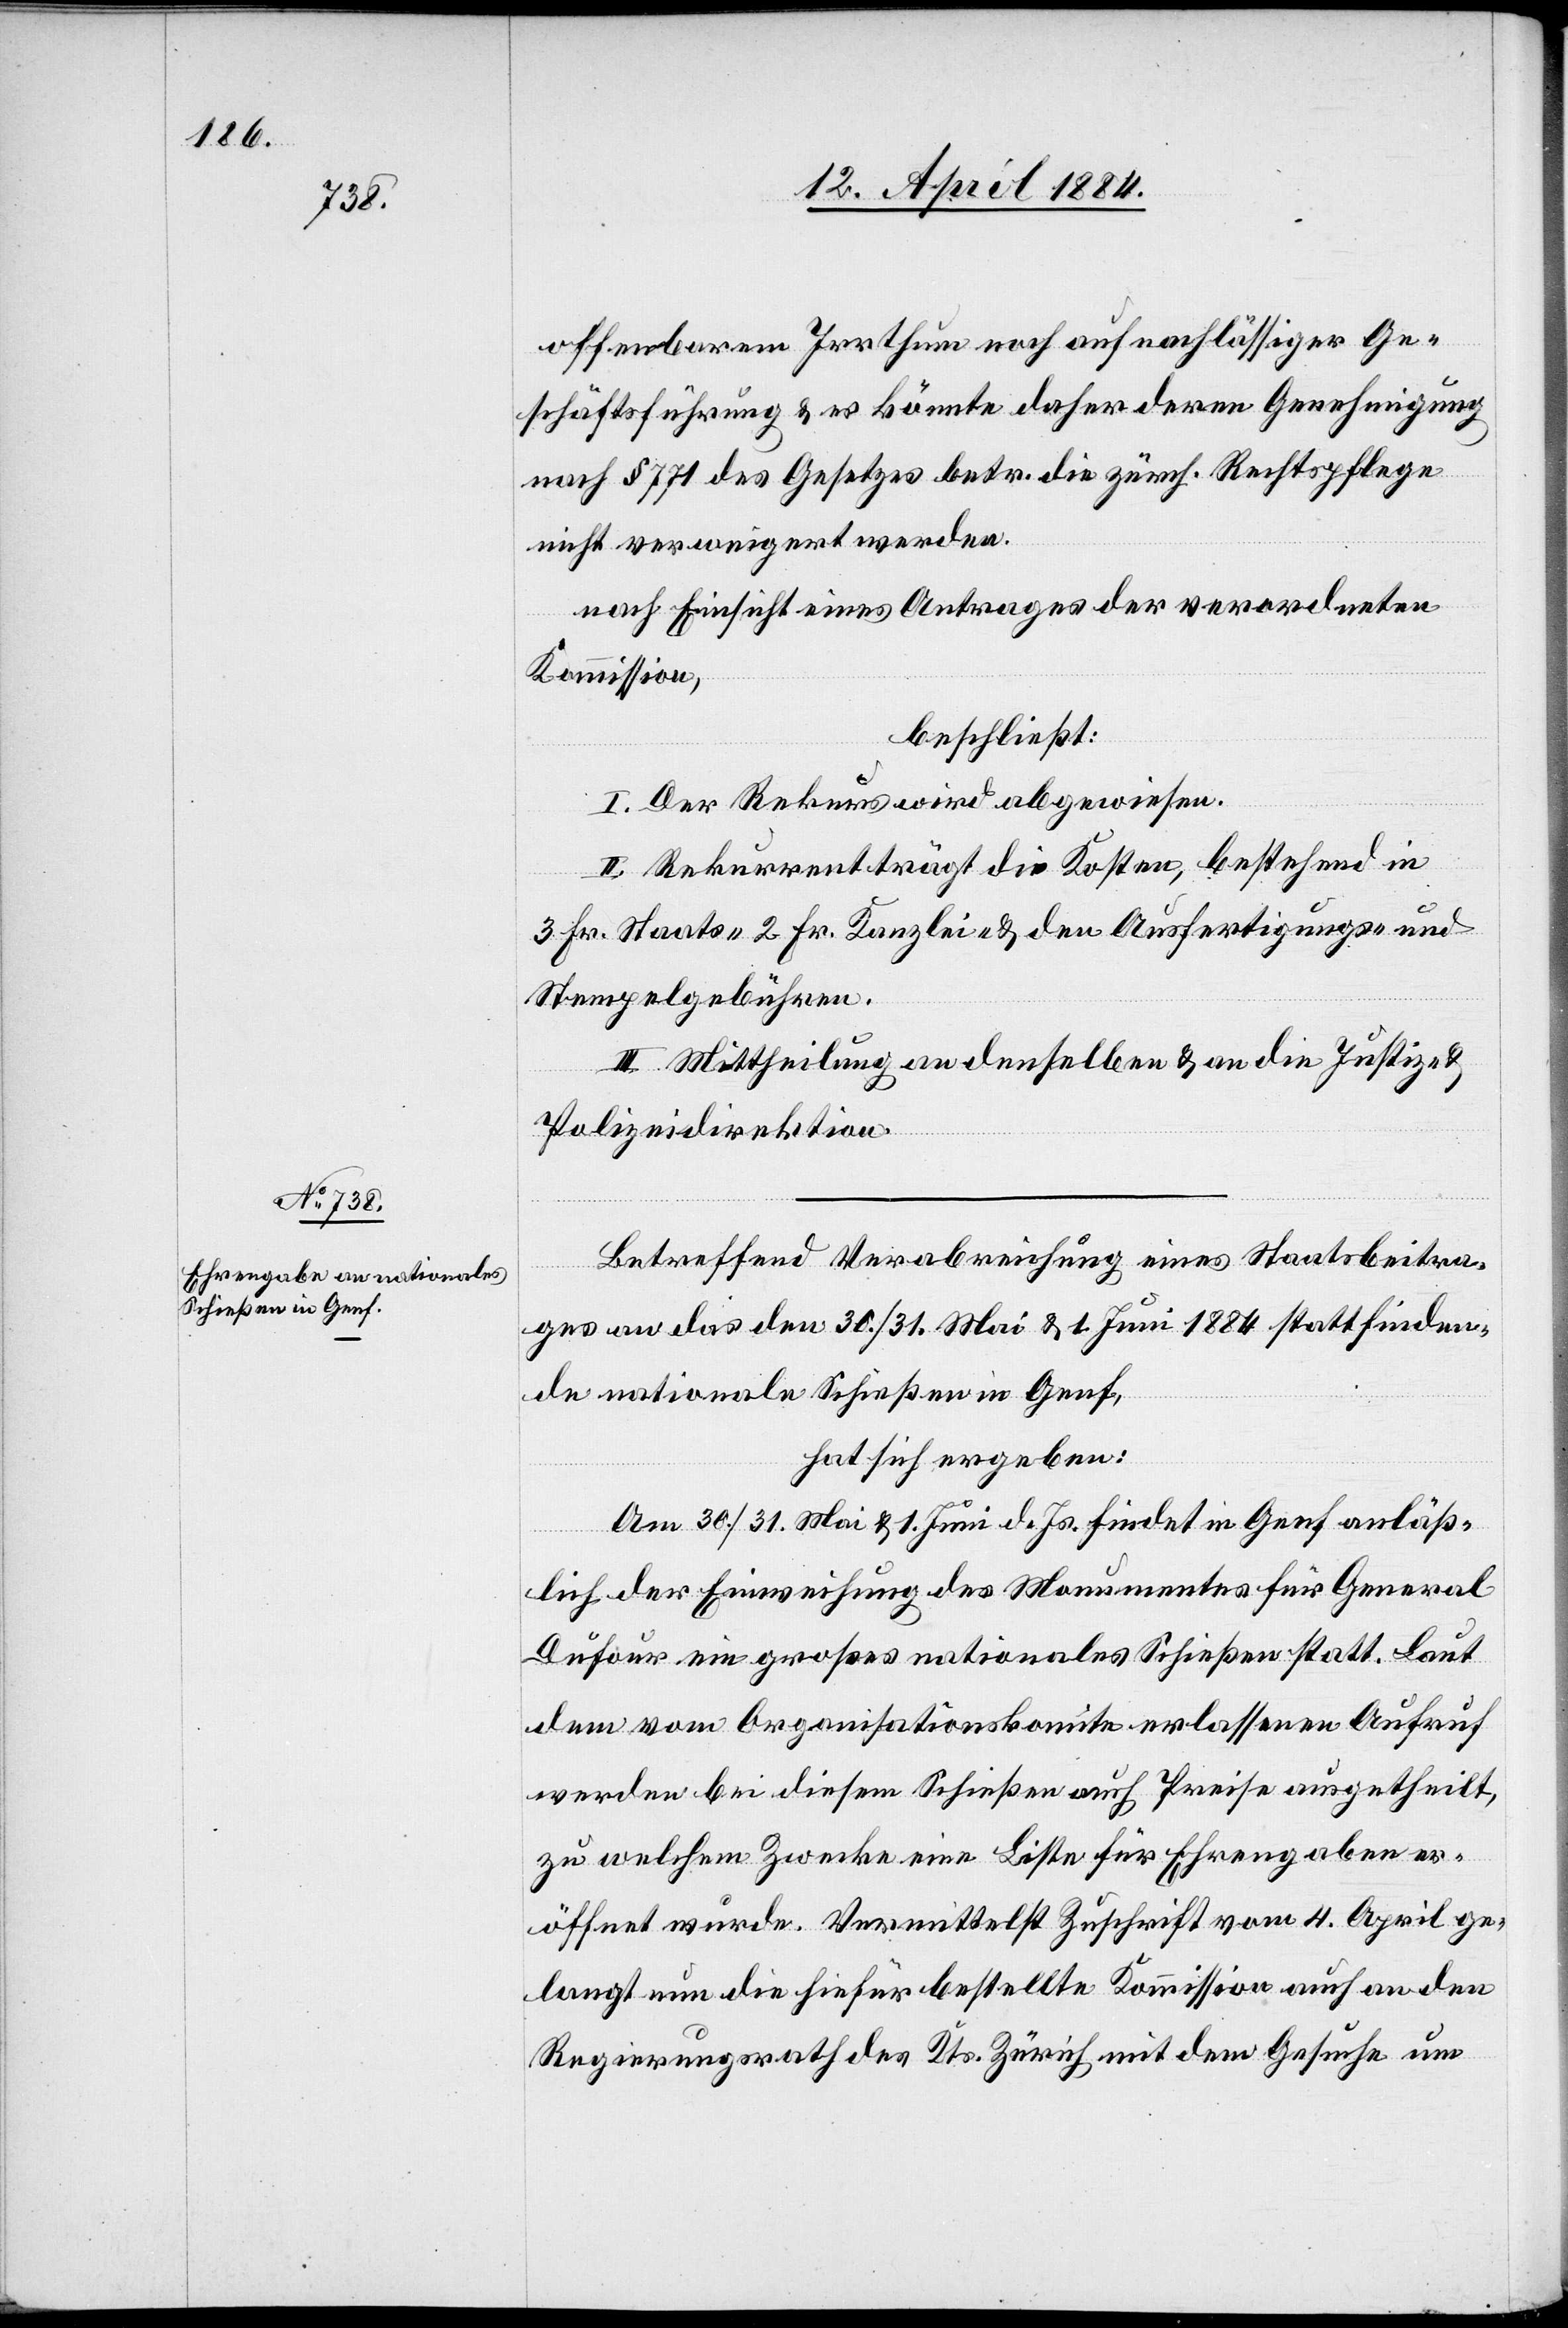
offenbarem Irrthum noch auf nachlässiger Ge¬
schäftsführung & es könnte daher deren Genehmigung
nach § 771 des Gesetzes betr. die zürch. Rechtspflege
nicht verweigert werden.
nach Einsicht eines Antrages der verordneten
Kommission,
beschließt:
I. Der Rekurs wird abgewiesen.
II. Rekurrent trägt die Kosten, bestehend in
3 Fr. Staats-[,] 2 Fr. Kanzlei- & den Ausfertigungs- und
Stempelgebühren.
III. Mittheilung an denselben & an die Justiz- &
Polizeidirektion.
Betreffend Verabreichung eines Staatsbeitra¬
ges an das den 30./31. Mai & 1. Juni 1884 stattfinden¬
de nationale Schießen in Genf,
hat sich ergeben:
Am 30./31. Mai & 1. Juni d. Js. findet in Genf anläß¬
lich der Einweihung des Monumentes für General
Dufour ein großes nationales Schießen statt. Laut
dem vom Organisationskomite erlassenen Aufruf
werden bei diesem Schießen auch Preise ausgetheilt,
zu welchem Zwecke eine Liste für Ehrengaben er¬
öffnet wurde. Vermittelst Zuschrift vom 4. April ge¬
langt nun die hiefür bestellte Kommission auch an den
Regierungsrath des Kts. Zürich mit dem Gesuche um